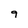
Character: 9